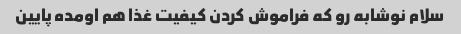
سلام نوشابه رو که فراموش کردن کیفیت غذا هم اومده پایین